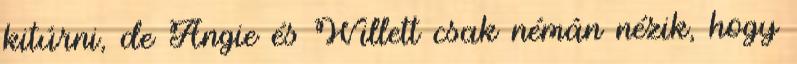
kitúrni, de Angie és Willett csak némán nézik, hogy